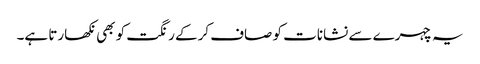
یہ چہرے سے نشانات کو صاف کرکے رنگت کو بھی نکھارتا ہے۔